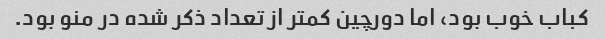
کباب خوب بود، اما دورچین کمتر از تعداد ذکر شده در منو بود.